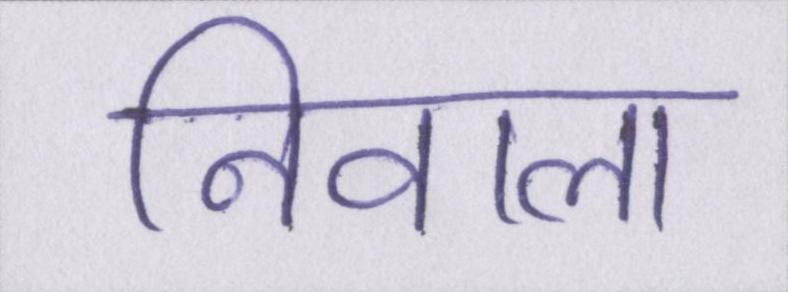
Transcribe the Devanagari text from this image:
निवाला